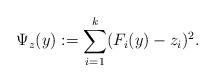
LaTeX: \begin{align*} \Psi_z(y):= \sum_{i=1}^k (F_i(y)-z_i)^2.\end{align*}